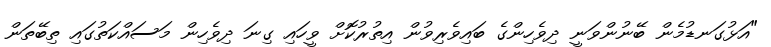
"އަޅުގަނޑުމެން ބޭނުންވަނީ ދިވެހިންގެ ބައިވެރިވުން އިތުރުކޮށް ވީހައި ގިނަ ދިވެހިން މަސައްކަތުގައި ތިބޭތަން